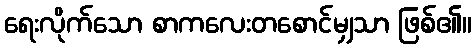
ရေးလိုက်သော စာကလေးတစောင်မျှသာ ဖြစ်၏။